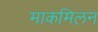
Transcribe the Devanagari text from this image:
माकमिलन